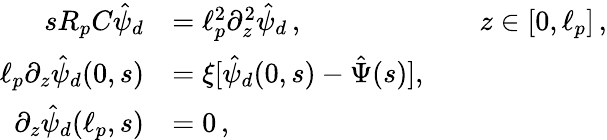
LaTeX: \begin{array}{rlrl}{sR_{p}C\hat{\psi}_{d}}&{=\ell_{p}^{2}\partial_{z}^{2}\hat{\psi}_{d}\, ,}&&{z\in[0,\ell_{p}]\, ,}\\ {\ell_{p}\partial_{z}\hat{\psi}_{d}(0,s)}&{=\xi[\hat{\psi}_{d}(0,s)-\hat{\Psi}(s)],}\\ {\partial_{z}\hat{\psi}_{d}(\ell_{p},s)}&{=0\, ,}\end{array}